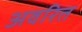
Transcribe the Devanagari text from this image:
अवरित